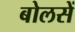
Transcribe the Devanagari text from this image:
बोलसें